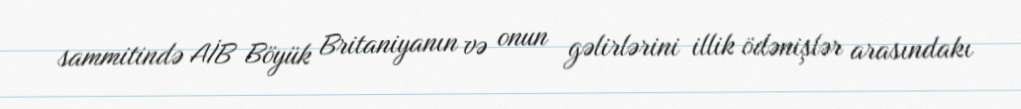
sammitində AİB Böyük Britaniyanın və onun gəlirlərini illik ödənişlər arasındakı